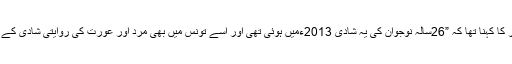
شمس کے بانی منیر باتور کا کہنا تھا کہ ”26سالہ نوجوان کی یہ شادی 2013ءمیں ہوئی تھی اور اسے تونس میں بھی مرد اور عورت کی روایتی شادی کے برابر قانونی قرار دیا گیا۔